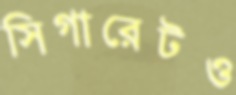
সিগারেটও